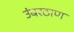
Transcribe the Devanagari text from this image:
उंबरठाण